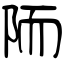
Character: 陑